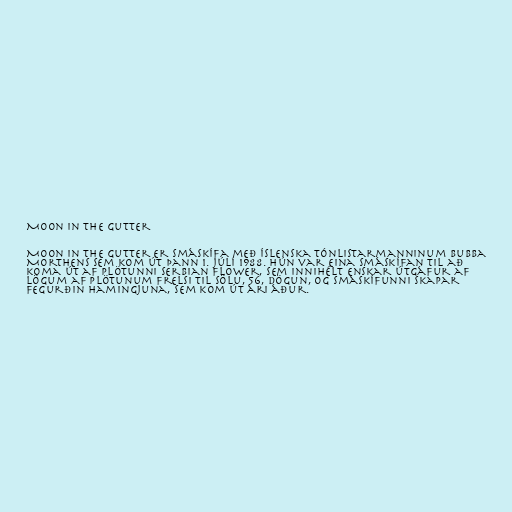
Moon In The Gutter

Moon In The Gutter er smáskífa með íslenska tónlistarmanninum Bubba
Morthens sem kom út þann 1. júlí 1988. Hún var eina smáskífan til að
koma út af plötunni Serbian Flower, sem innihélt enskar útgáfur af
lögum af plötunum Frelsi til sölu, 56, Dögun, og smáskífunni Skapar
fegurðin hamingjuna, sem kom út ári áður.